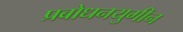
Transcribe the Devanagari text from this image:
प्रबोधनयुगीन